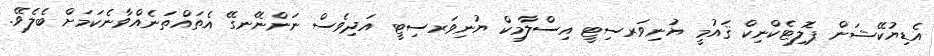
އެޑިޔުކޭޝަން ޕޮލިޓެކްނިކް ޤައުމީ ޔުނިވަރސިޓީ އިސްލާމިކް ޔުނިވަރސިޓީ އަދިވެސް ނަންނޭނގޭ އެތައްތަނެއްވާނެކަމަށް ބެލެވޭ.